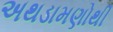
અથડામણોથી